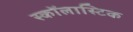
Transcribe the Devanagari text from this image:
स्कॉलास्टिक